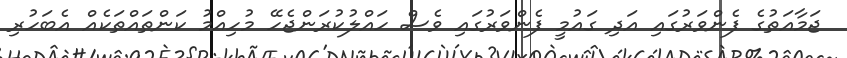
ޖަމާއަތުގެ ފެންވަރުގައި އަދި ގައުމީ ފެންވަރުގައި ވެސް ހައްލުކުރަންޖެހޭ މުހިއްމު ކަންތައްތަކެއް އެބަހުރި